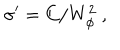
\sigma ^ { \prime } = C / W _ { \phi } ^ { 2 } ~ ,